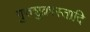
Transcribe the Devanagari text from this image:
गुरुशुक्रास्तादि